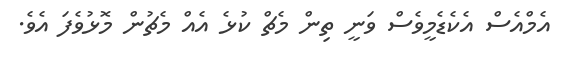
އެމްއެސް އެކެޑެމީވެސް ވަނީ ތިން މެޗް ކުޅެ އެއް މެޗުން މޮޅުވެފަ އެވެ.